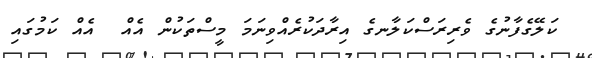
ކަލޭގެފާނުގެ ވެރިރަސްކަލާނގެ އިރާދަކުރެއްވިނަމަ މީސްތަކުން އެއް  އެއް ކަމުގައި